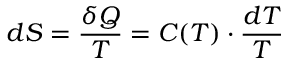
d S = \frac { \delta Q } { T } = C ( T ) \cdot \frac { d T } { T }